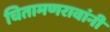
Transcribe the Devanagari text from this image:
चितामणरावांनी